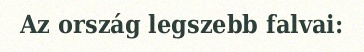
Az ország legszebb falvai: